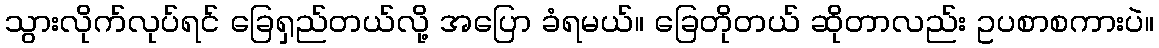
သွားလိုက်လုပ်ရင် ခြေရှည်တယ်လို့ အပြော ခံရမယ်။ ခြေတိုတယ် ဆိုတာလည်း ဥပစာစကားပဲ။